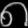
Digit: ၈